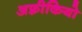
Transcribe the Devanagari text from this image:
अफ़्रीकियो